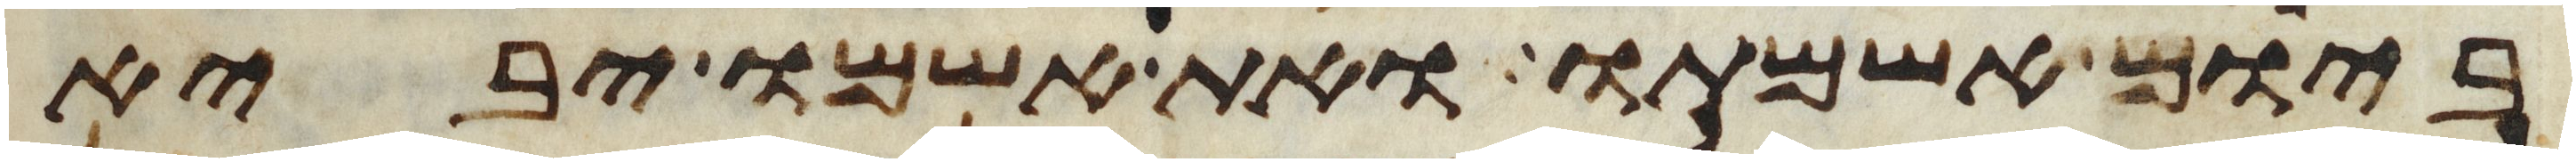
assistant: ביום אשמתו ואת אשמו יביא